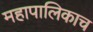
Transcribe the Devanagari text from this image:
महापालिकाच